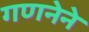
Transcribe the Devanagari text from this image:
गणनेने